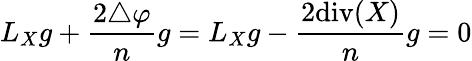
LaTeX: L_{X}g+{\frac{2\triangle\varphi}{n}}g=L_{X}g-{\frac{2\mathrm{div}(X)}{n}}g=0